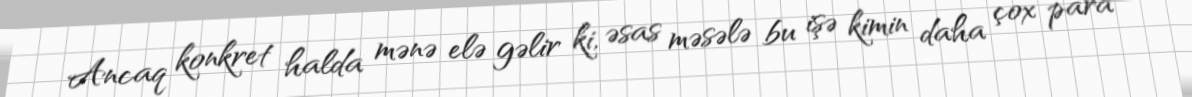
Ancaq konkret halda mənə elə gəlir ki, əsas məsələ bu işə kimin daha çox para